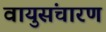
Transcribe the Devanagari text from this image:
वायुसंचारण